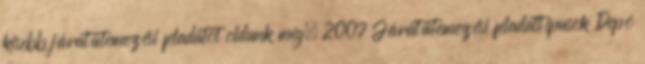
kisebb járatütemezési feladatot oldunk meg. 2007 Járatütemezési feladattípusok Depó